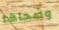
وضحاها